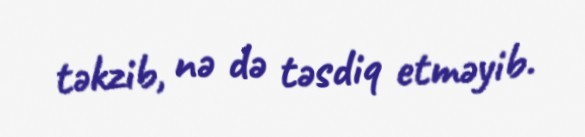
təkzib, nə də təsdiq etməyib.